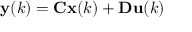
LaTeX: \mathbf { y } ( k ) = \mathbf { C } \mathbf { x } ( k ) + \mathbf { D } \mathbf { u } ( k )